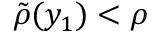
\tilde { \rho } ( y _ { 1 } ) < \rho